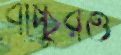
বাচ্চুরও